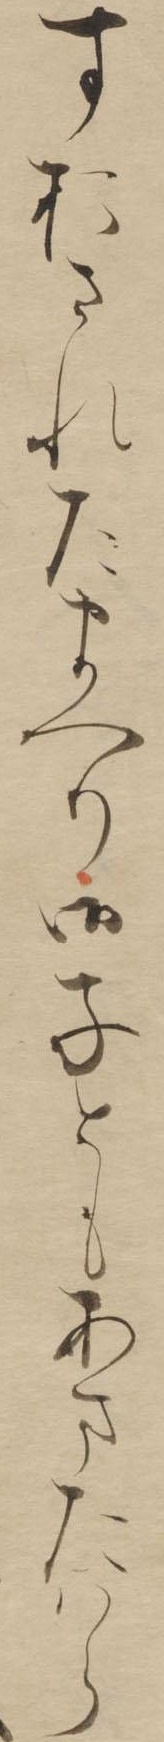
すおされたまへり御子ともあまたはら